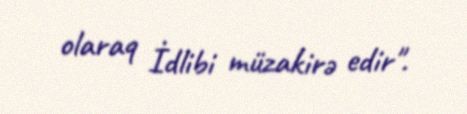
olaraq İdlibi müzakirə edir".